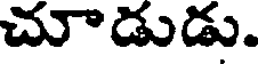
చూడుడు.